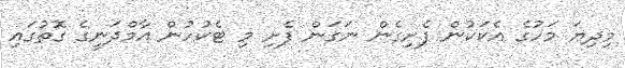
މިދިޔަ މަހުގެ އެކަކުން ފެށިގެން ނަގަން ފެށި މި ޓެކުހުން އާމްދަނީގެ ގޮތުގައި